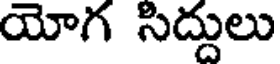
యోగ సిద్దులు